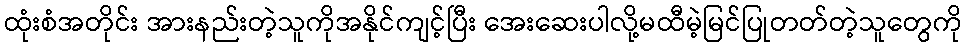
ထုံးစံအတိုင်း အားနည်းတဲ့သူကိုအနိုင်ကျင့်ပြီး အေးဆေးပါလို့မထီမဲ့မြင်ပြုတတ်တဲ့သူတွေကို